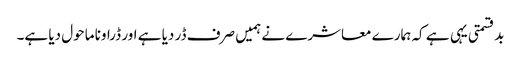
بدقسمتی یہی ہے کہ ہمارے معاشرے نے ہمیں صرف ڈر دیا ہے اور ڈراونا ماحول دیا ہے۔